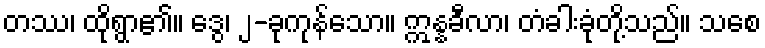
တဿ၊ ထိုရွာ၏။ ဒွေ၊ ၂-ခုကုန်သော။ ဣန္နခီလာ၊ တံခါးခုံတို့သည်။ သစေ